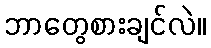
ဘာတွေစားချင်လဲ။